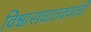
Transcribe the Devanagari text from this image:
विश्वासघातक्यांची